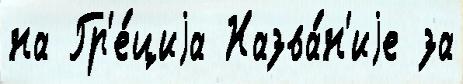
на Гр'е́циjа Назва́н'иjе за